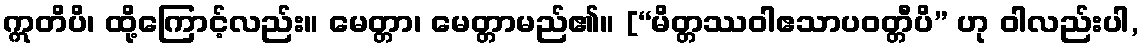
ဣတိပိ၊ ထို့ကြောင့်လည်း။ မေတ္တာ၊ မေတ္တာမည်၏။ [“မိတ္တဿဝါဧသာပဝတ္တီပိ” ဟု ဝါလည်းပါ,